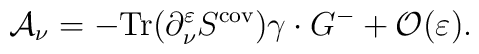
{\cal A}_\nu =-{\rm Tr}(\partial _\nu ^\varepsilon S^{{\rm cov}})\gamma\cdot G^{-}+{\cal O}(\varepsilon ).